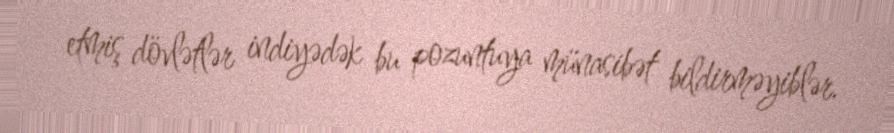
etmiş dövlətlər indiyədək bu pozuntuya münasibət bildirməyiblər.